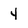
Character: 4